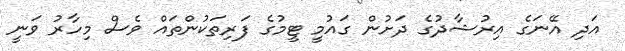
އަދި އޭނަގެ އިރުޝާދުގެ ދަށުން ގައުމީ ޓީމުގެ ފަރިތަކުންތައް ވެސް މިހާރު ވަނީ